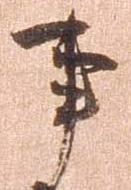
事